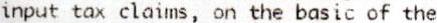
INPUT TAX CLAIMS, ON THE BASIC OF THE